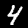
Digit: 4